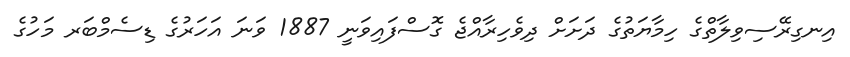
އިނގިރޭސިވިލާތްގެ ހިމާޔަތުގެ ދަށަށް ދިވެހިރާއްޖެ ގޮސްފައިވަނީ 1887 ވަނަ އަހަރުގެ ޑިސެމްބަރ މަހުގެ